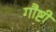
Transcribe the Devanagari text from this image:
गौष्टी